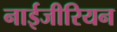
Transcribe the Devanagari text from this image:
नाईजीरियन